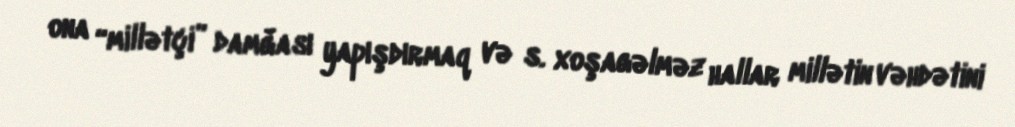
ona “millətçi” damğası yapışdırmaq və s. xoşagəlməz hallar millətin vəhdətini